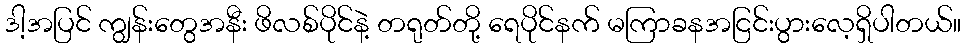
ဒါ့အပြင် ကျွန်းတွေအနီး ဖိလစ်ပိုင်နဲ့ တရုတ်တို့ ရေပိုင်နက် မကြာခနအငြင်းပွားလေ့ရှိပါတယ်။